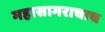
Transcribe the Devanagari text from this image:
महासागराचाच